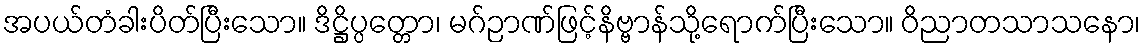
အပယ်တံခါးပိတ်ပြီးသော။ ဒိဋ္ဌိပ္ပတ္တော၊ မဂ်ဉာဏ်ဖြင့်နိဗ္ဗာန်သို့ရောက်ပြီးသော။ ဝိညာတသာသနော၊